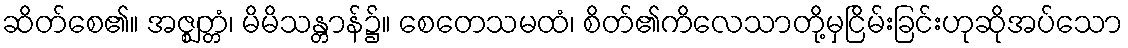
ဆိတ်စေ၏။ အဇ္ဈတ္တံ၊ မိမိသန္တာန်၌။ စေတေသမထံ၊ စိတ်၏ကိလေသာတို့မှငြိမ်းခြင်းဟုဆိုအပ်သော